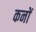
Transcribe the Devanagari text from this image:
कनों